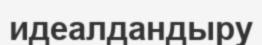
идеалдандыру